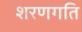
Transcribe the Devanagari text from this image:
शरणगति